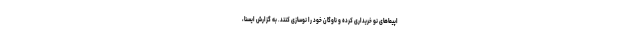
اپیماهای نو خریداری کرده و ناوگان خود را نوسازی کنند. به گزارش ایسنا،